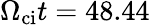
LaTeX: \Omega_{\mathrm{ci}}t=48.44